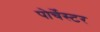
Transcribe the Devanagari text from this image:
पोर्चेस्टर